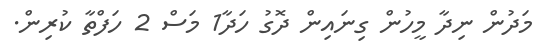
މަދުން ނިދާ މީހުން ގިނައިން ދޮގު ހަދާ1 މަސް 2 ހަފްތާ ކުރިން.